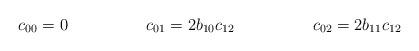
LaTeX: \begin{align*}c_{00} &= 0 & c_{01} &= 2 b_{10} c_{12} & c_{02} &= 2 b_{11} c_{12}\end{align*}